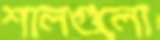
শালগুলো